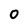
Character: 0